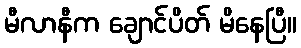
မီလာနီက ချောင်ပိတ် မိနေပြီ။